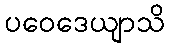
ပဝေဒေယျာသိ